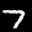
Label: 7